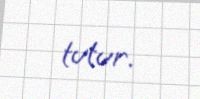
tutur.